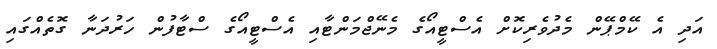
އަދި އެ ކޭމްޕޭން މެދުވެރިކޮށް އެސްޓީއޯގެ މެނޭޖްމަންޓާއި އެސްޓީއޯގެ ސްޓާފުން ހަރުދަނާ ގޮތެއްގައި